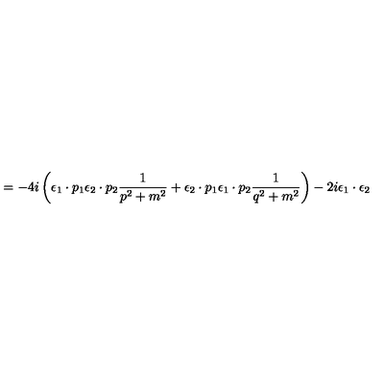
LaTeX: = - 4 i \left( { \epsilon } _ { 1 } \cdot p _ { 1 } { \epsilon } _ { 2 } \cdot p _ { 2 } \frac { 1 } { p ^ { 2 } + m ^ { 2 } } + { \epsilon } _ { 2 } \cdot p _ { 1 } { \epsilon } _ { 1 } \cdot p _ { 2 } \frac { 1 } { q ^ { 2 } + m ^ { 2 } } \right) - 2 i { \epsilon } _ { 1 } \cdot { \epsilon } _ { 2 }